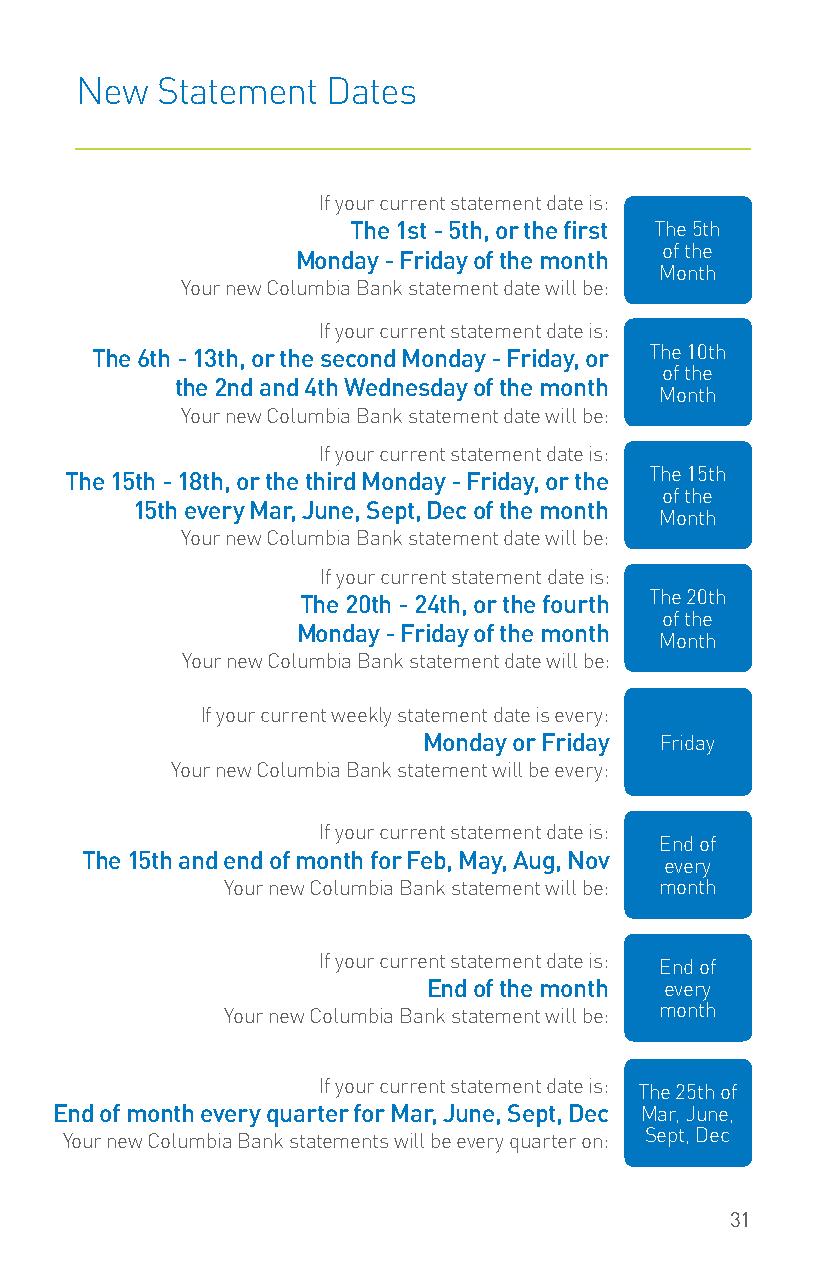
New  Statement   Dates
 If your current statement date is:
 The 1st - 5th, or the first The 5th
 of the
 Monday - Friday of the month
 Month
 Your new Columbia Bank statement date will be:
 If your current statement date is:
 The 6th - 13th, or the second Monday - Friday, or The 10th
 of the
 the 2nd and 4th Wednesday of the month
 Month
 Your new Columbia Bank statement date will be:
 If your current statement date is:
 The 15th - 18th, or the third Monday - Friday, or the The 15th
 of the
 15th every Mar, June, Sept, Dec of the month
 Month
 Your new Columbia Bank statement date will be:
 If your current statement date is:
 The 20th - 24th, or the fourth The 20th
 of the
 Monday - Friday of the month
 Month
 Your new Columbia Bank statement date will be:
 If your current weekly statement date is every:
 Monday or Friday Friday
 Your new Columbia Bank statement will be every:
 If your current statement date is:
 End of
 The 15th and end of month for Feb, May, Aug, Nov
 every
 Your new Columbia Bank statement will be: month
 If your current statement date is: End of
 End of the month every
 Your new Columbia Bank statement will be: month
 If your current statement date is: The 25th of
 End of month every quarter for Mar, June, Sept, Dec Mar, June,
 Your new Columbia Bank statements will be every quarter on: Sept, Dec
 31